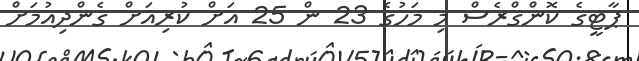
ޕާޓީގެ ކޮންގްރެސް މި މަހުގެ 23 ން 25 އަށް ކުރިއަށް ގެންދިއުމަށް